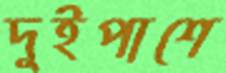
দুইপাশে